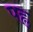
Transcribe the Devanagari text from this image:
पह्ल